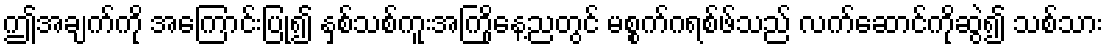
ဤအချက်ကို အကြောင်းပြု၍ နှစ်သစ်ကူးအကြိုနေ့ညတွင် မစ္စက်ဂရစ်ဖ်သည် လက်ဆောင်ကိုဆွဲ၍ သစ်သား